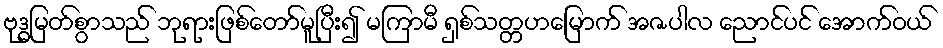
ဗုဒ္ဓမြတ်စွာသည် ဘုရားဖြစ်တော်မူပြီး၍ မကြာမီ ရှစ်သတ္တဟမြောက် အဇပါလ ညောင်ပင် အောက်ဝယ်